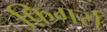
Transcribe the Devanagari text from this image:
फ़िगर्स